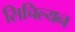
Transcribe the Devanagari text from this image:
सिचिल्यन